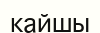
кайшы